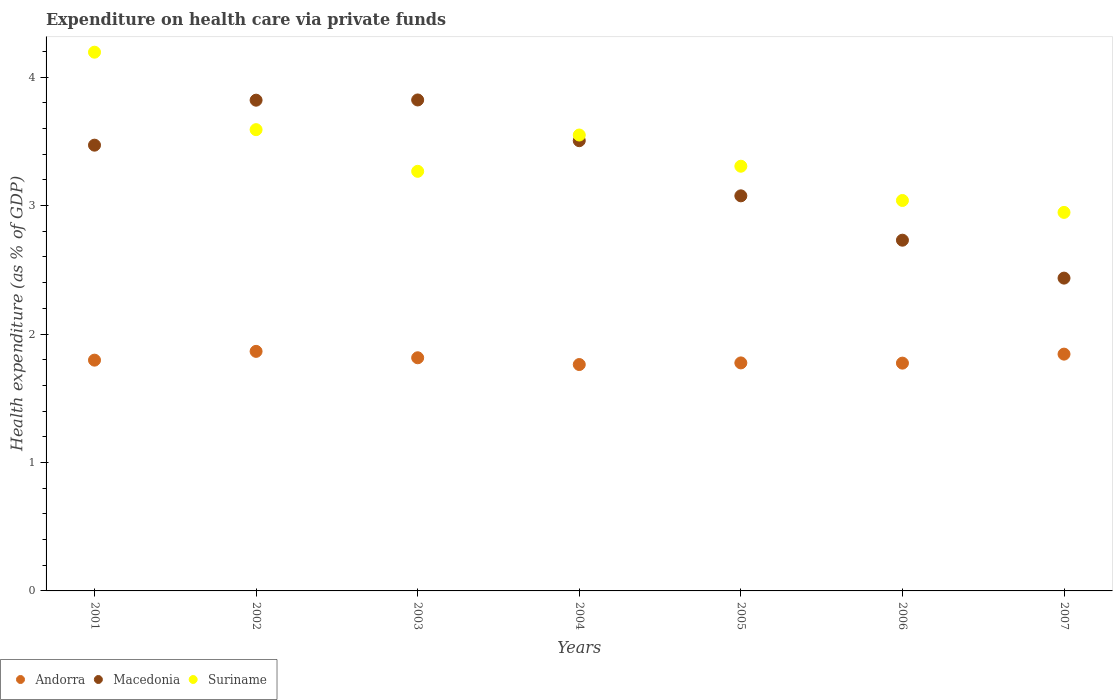
| Years | Andorra | Macedonia | Suriname |
 | --- | --- | --- | --- |
 | 2001 | 1.8 | 3.47 | 4.19 |
 | 2002 | 1.86 | 3.82 | 3.59 |
 | 2003 | 1.82 | 3.82 | 3.27 |
 | 2004 | 1.76 | 3.5 | 3.55 |
 | 2005 | 1.77 | 3.08 | 3.31 |
 | 2006 | 1.77 | 2.73 | 3.04 |
 | 2007 | 1.84 | 2.44 | 2.95 |